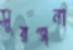
সুরঞ্জনা